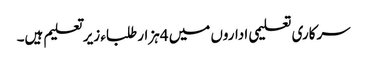
سرکاری تعلیمی اداروں میں 4ہزار طلباء زیر تعلیم ہیں۔